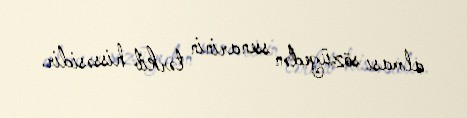
alması sözügedən ssenarinin tərkib hissəsidir.